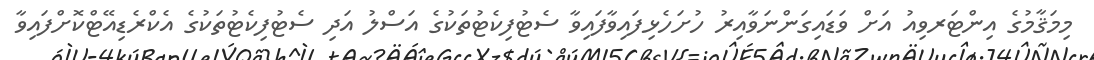
މިމަޤާމުގެ އިންޓަރވިއު އަށް ވަޑައިގަންނަވާއިރު ހުށަހެޅިފައިވާފައިވާ ސެޓުފިކެޓުތަކުގެ އަސްލު އަދި ސެޓުފިކެޓުތަކުގެ އެކްރެޑިއޭޓްކޮށްފައިވާ